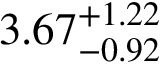
{ 3 . 6 7 } _ { - 0 . 9 2 } ^ { + 1 . 2 2 }